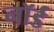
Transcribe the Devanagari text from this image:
नॉर्ड